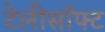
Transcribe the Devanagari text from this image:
टेलीसॉफ्ट